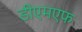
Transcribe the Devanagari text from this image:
डीएमएफ